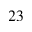
^ { 2 3 }